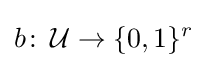
b\colon \,{\mathcal {U}}\to \{0,1\}^{r}